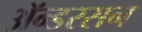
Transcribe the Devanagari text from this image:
ॲन्डरसन